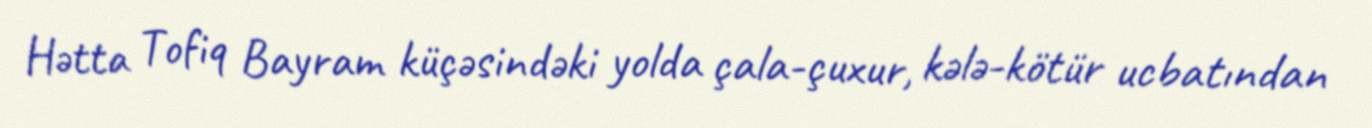
Hətta Tofiq Bayram küçəsindəki yolda çala-çuxur, kələ-kötür ucbatından